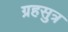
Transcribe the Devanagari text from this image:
ग्रहसुत्र